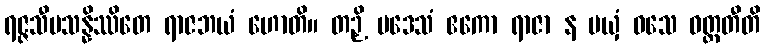
ရဇ္ဇသီမသန္နိဿိတေ ရာဇဘယံ ဟောတိ။ တဉှိ ပဒေသံ ဧကော ရာဇာ န မယှံ ဝသေ ဝတ္တတီတိ